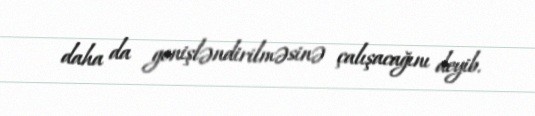
daha da genişləndirilməsinə çalışacağını deyib.